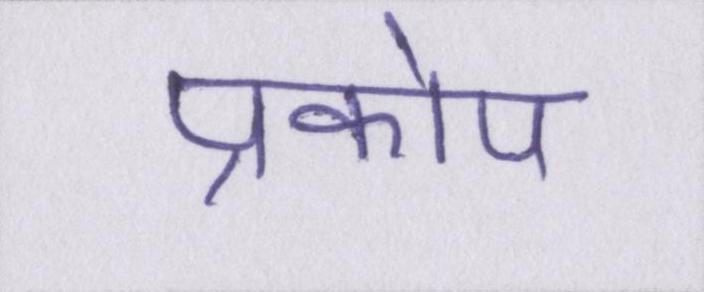
प्रकोप